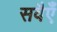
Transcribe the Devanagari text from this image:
सवैएँ